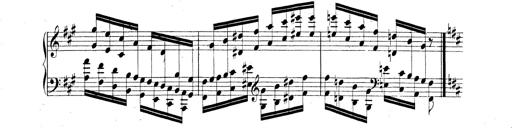
Title: Technische Studien
Composer: Franz Liszt